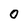
Character: O